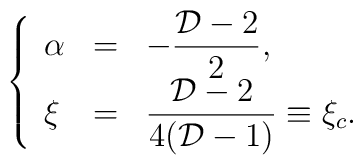
\left\{\begin{array}{lll}\alpha & = & \displaystyle-{\frac{{\cal D}-2}{2}}, \\\xi & = & \displaystyle{\frac{{\cal D}-2}{4({\cal D}-1)}}\equiv\xi _{c}.\end{array}\right.